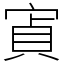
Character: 寊